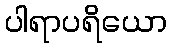
ပါရာပရိယော